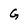
Character: G